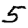
Digit: 5